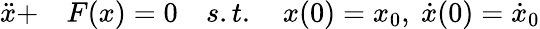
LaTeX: \begin{array}{rl}{\ddot{x}+}&{{}F(x)=0\quad s.t.\quad x(0)=x_{0},\ \dot{x}(0)=\dot{x}_{0}}\end{array}